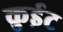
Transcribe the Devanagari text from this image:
कुईट